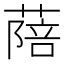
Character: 䔒